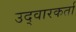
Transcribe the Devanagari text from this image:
उद्वारकर्ता